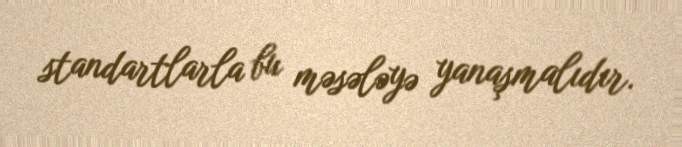
standartlarla bu məsələyə yanaşmalıdır.